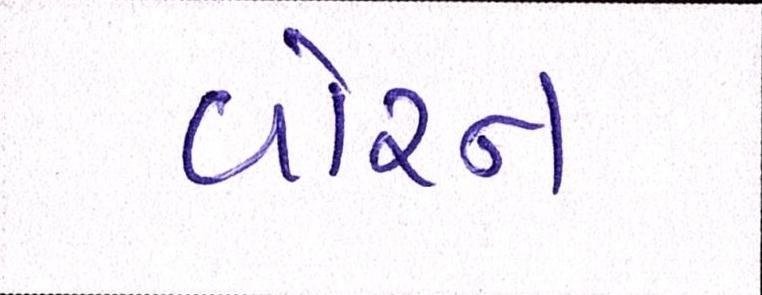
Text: વોરન